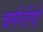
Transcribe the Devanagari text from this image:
चर्मरोंगो